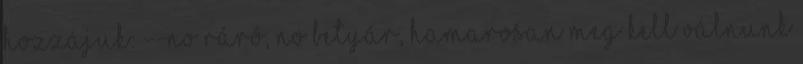
hozzájuk: --No Ráró, no Betyár, hamarosan meg kell válnunk